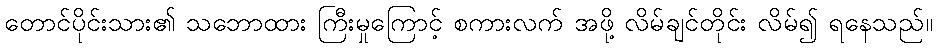
တောင်ပိုင်းသား၏ သဘောထား ကြီးမှုကြောင့် စကားလက် အဖို့ လိမ်ချင်တိုင်း လိမ်၍ ရနေသည်။